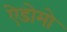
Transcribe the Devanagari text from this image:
ऐडोमो